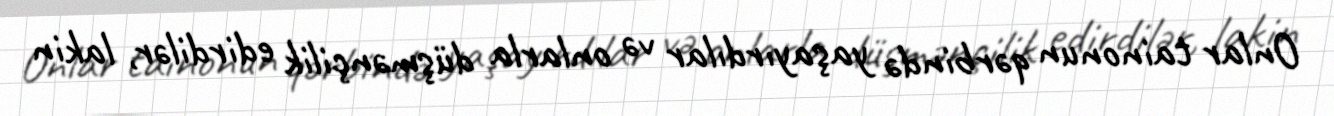
Onlar tainonun qərbində yaşayırdılar və onlarla düşmənçilik edirdilər, lakin